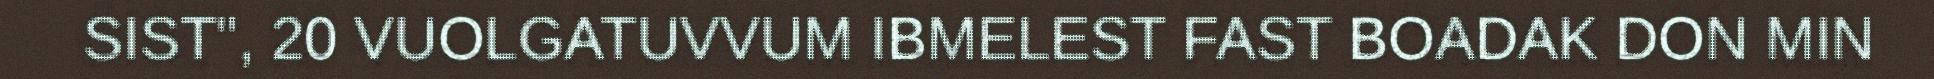
SIST", 20 VUOLGATUVVUM IBMELEST FAST BOADAK DON MIN